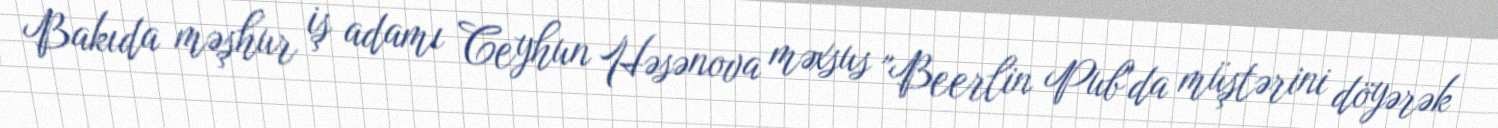
Bakıda məşhur iş adamı Ceyhun Həsənova məxsus "Beerlin Pub"da müştərini döyərək